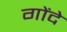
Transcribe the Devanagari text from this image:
गोंदे